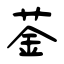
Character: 菳